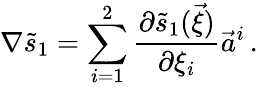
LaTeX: \nabla\tilde{s}_{1}=\sum_{i=1}^{2}\frac{\partial\tilde{s}_{1}(\vec{\xi})}{\partial\xi_{i}}\vec{a}^{i}\, .